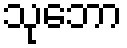
သုဘော